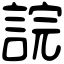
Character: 𧨎